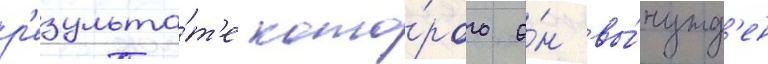
р'езульта́т'е кото́рого о́н вы́нужд'ен